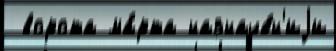
 ворота ма́рта назначе́н'иjи